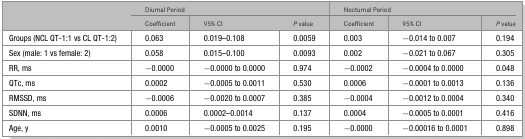
<table><thead><tr><td></td><td colspan="3"><b>Diurnal Period</b></td><td colspan="3"><b>Nocturnal Period</b></td></tr><tr><td></td><td><b>Coefficient</b></td><td><b>95% CI</b></td><td><b><i>P</i> value</b></td><td><b>Coefficient</b></td><td><b>95% CI</b></td><td><b><i>P</i> value</b></td></tr></thead><tbody><tr><td>Groups (NCL QT-1:1 vs CL QT-1:2)</td><td>0.063</td><td>0.019–0.108</td><td>0.0059</td><td>0.003</td><td>−0.014 to 0.007</td><td>0.194</td></tr><tr><td>Sex (male: 1 vs female: 2)</td><td>0.058</td><td>0.015–0.100</td><td>0.0093</td><td>0.002</td><td>−0.021 to 0.067</td><td>0.305</td></tr><tr><td>RR, ms</td><td>−0.0000</td><td>−0.0000 to 0.0000</td><td>0.974</td><td>−0.0002</td><td>−0.0004 to 0.0000</td><td>0.048</td></tr><tr><td>QTc, ms</td><td>0.0002</td><td>−0.0005 to 0.0011</td><td>0.530</td><td>0.0006</td><td>−0.0001 to 0.0013</td><td>0.136</td></tr><tr><td>RMSSD, ms</td><td>−0.0006</td><td>−0.0020 to 0.0007</td><td>0.385</td><td>−0.0004</td><td>−0.0012 to 0.0004</td><td>0.340</td></tr><tr><td>SDNN, ms</td><td>0.0006</td><td>0.0002–0.0014</td><td>0.137</td><td>0.0004</td><td>−0.0005 to 0.0001</td><td>0.416</td></tr><tr><td>Age, y</td><td>0.0010</td><td>−0.0005 to 0.0025</td><td>0.195</td><td>−0.0000</td><td>−0.00016 to 0.0001</td><td>0.898</td></tr></tbody></table>